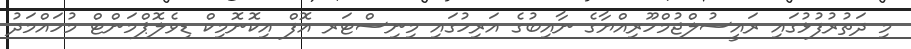
މި ދަތުރުފުޅުގައި ރައީސުލްޖުމްހޫރިއްޔާގެ ނާއިބުގެ އަރިހުގައި މިނިސްޓަރ އޮފް އިކޮނޮމިކް ޑިވެލޮޕްމަންޓް މުހައްމަދު